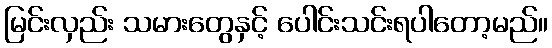
မြင်းလှည်း သမားတွေနှင့် ပေါင်းသင်းရပါတော့မည်။